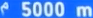
^{\mathrm{a}}500